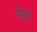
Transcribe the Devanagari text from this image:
गैरो